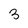
Character: 3